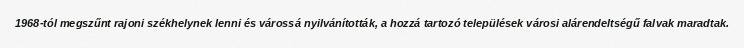
1968-tól megszűnt rajoni székhelynek lenni és várossá nyilvánították, a hozzá tartozó települések városi alárendeltségű falvak maradtak.